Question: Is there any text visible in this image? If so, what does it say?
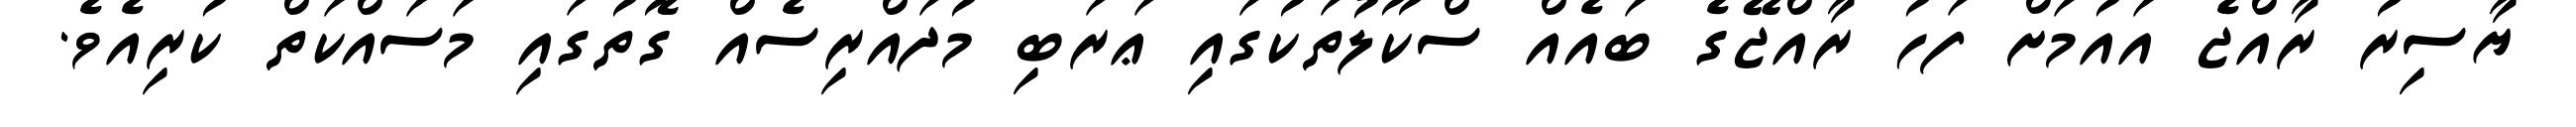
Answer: ޔާސިރު ރާއްޖެ އައުމަށް ފަހު ރާއްޖޭގެ ބައެއް ސްކޫލުތަކުގައި ޢަރަބި މުދައްރިސެއް ގޮތުގައި މަސައްކަތް ކުރިއެވެ.